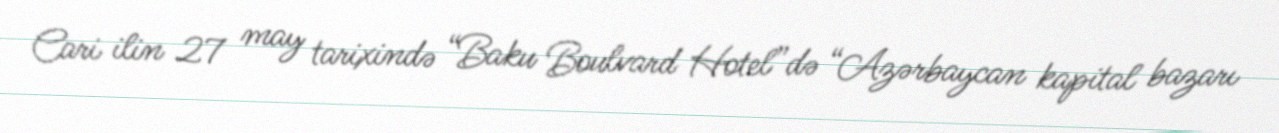
Cari ilin 27 may tarixində “Baku Boulvard Hotel”də “Azərbaycan kapital bazarı